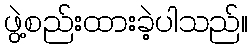
ဖွဲ့စည်းထားခဲ့ပါသည်။